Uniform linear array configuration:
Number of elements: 64
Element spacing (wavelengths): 1
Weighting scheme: hann
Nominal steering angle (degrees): -30
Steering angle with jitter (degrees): -30.489
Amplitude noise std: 0.05
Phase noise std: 0.05

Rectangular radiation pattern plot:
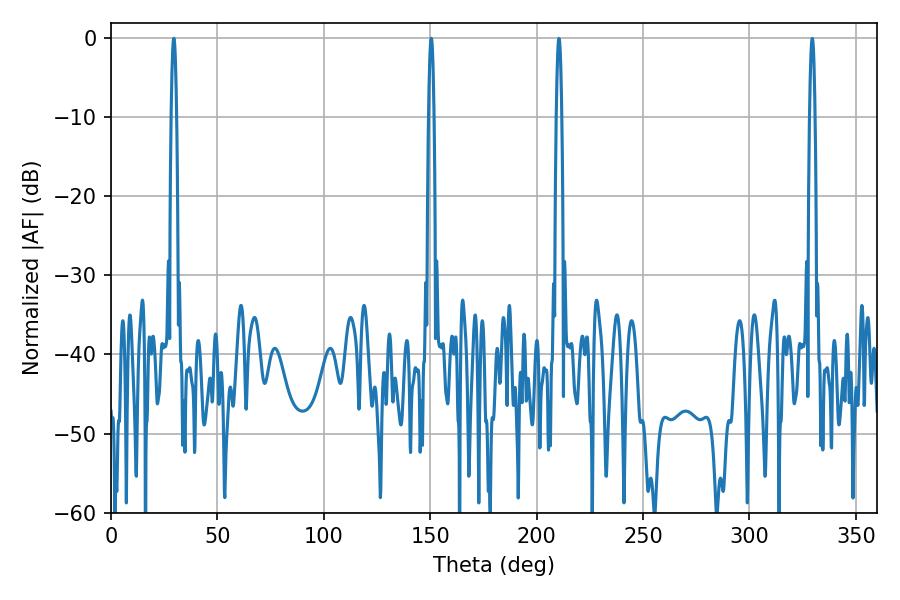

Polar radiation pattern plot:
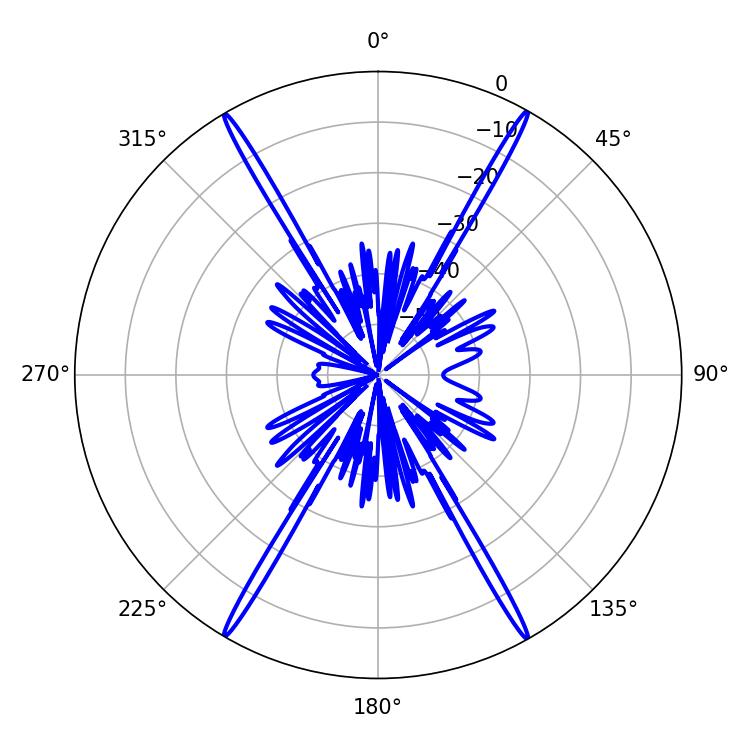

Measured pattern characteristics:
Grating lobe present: TRUE
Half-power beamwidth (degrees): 1.44
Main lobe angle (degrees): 29.52